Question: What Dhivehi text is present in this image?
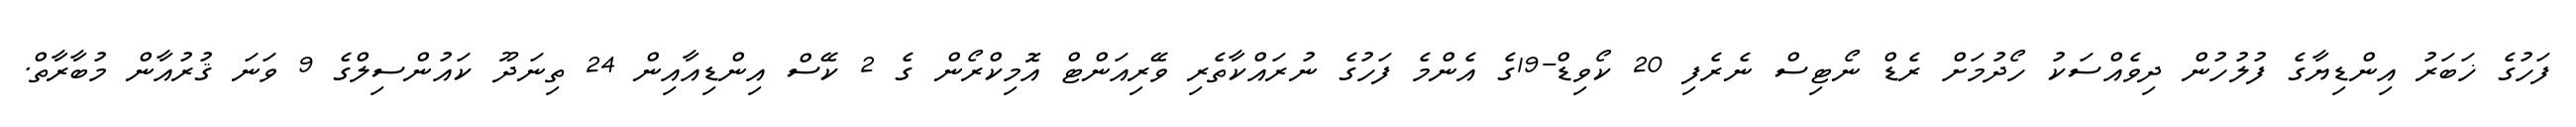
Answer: ފަހުގެ ޚަބަރު އިންޑިޔާގެ ފުލުހުން ދިވެއްސަކު ހޯދުމަށް ރެޑް ނޯޓިސް ނެރެފި 20 ކޯވިޑް-19ގެ އެންމެ ފަހުގެ ނުރައްކާތެރި ވޭރިއަންޓް އޮމިކްރޯން ގެ 2 ކޭސް އިންޑިއާއިން 24 ތިނަދޫ ކައުންސިލްގެ 9 ވަނަ ޤުރުއާން މުބާރާތް.